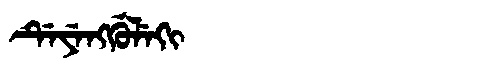
Manchu: ᡩᡝᠶᡝᠩᡤᡠᠯᡝᡴᡳ
Romanization: DEYENGGULEKI